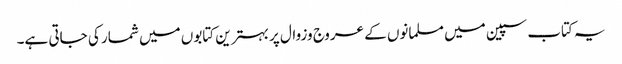
یہ کتاب سپین میں مسلمانوں کے عروج وزوال پر بہترین کتابوں میں شمار کی جاتی ہے۔